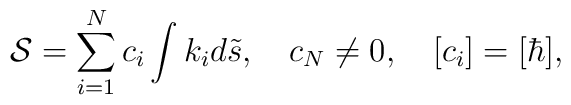
{\cal S}=\sum_{i=1}^{N}c_i\int{k}_id{\tilde s},\quad c_N\neq 0,  \quad [c_i]=[\hbar],